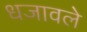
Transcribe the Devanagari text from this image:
धजावले